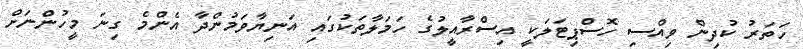
ހަތަރު ކުދިން ވިއްސި ހޮސްޕިޓަލަކީ އިސްރާއީލުގެ ހަމަލާތަކުގައި އަނިޔާވަމުންދާ އެންމެ ގިނަ މީހުންނަށް